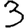
Digit: 3